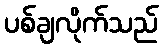
ပစ်ချလိုက်သည်